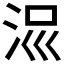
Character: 𣳧